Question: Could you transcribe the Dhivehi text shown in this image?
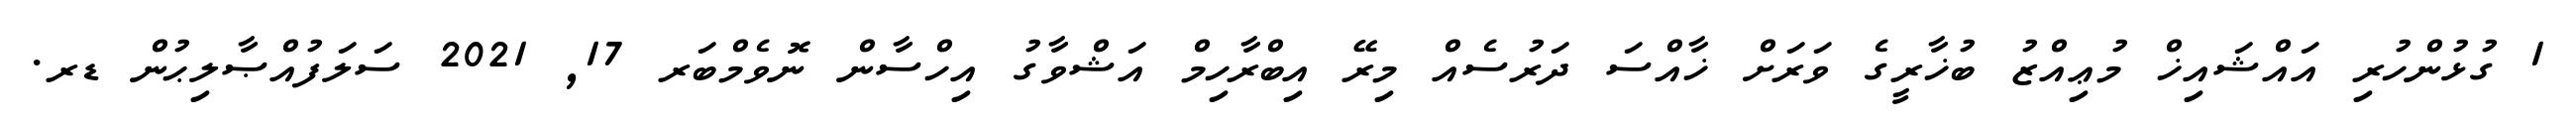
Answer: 1 ގުޅުންހުރި އައްޝައިޚް މުޢިއްޒު ބުޚާރީގެ ވަރަށް ޚާއްސަ ދަރުސެއް މިރޭ އިބްރާހިމް އަޝްވާގު އިހްސާން ނޮވެމްބަރ 17, 2021 ސަލަފުއްޞާލިޙުން ޑރ.